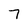
Character: 7